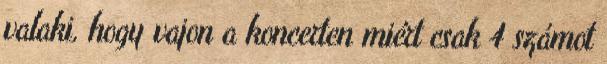
valaki, hogy vajon a koncerten miért csak 4 számot